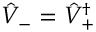
\hat { V } _ { - } = \hat { V } _ { + } ^ { \dagger }